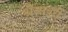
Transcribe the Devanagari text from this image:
श्रेव्सबरी